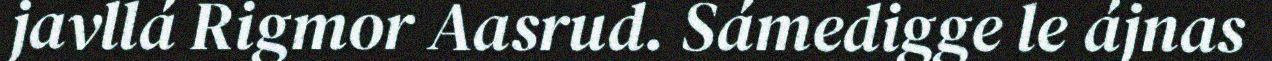
javllá Rigmor Aasrud. Sámedigge le ájnas